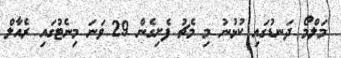
މަލްމޯ ދަނޑުގައި ކުޅުނު މި މެޗު ފެށިގެން 29 ވަނަ މިނެޓުގައި ރެއާލް